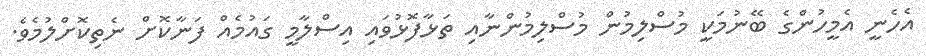
އެހެނީ އެމީހުންގެ ބޭނުމަކީ މުސްލިމުން މުސްލިމުންނާއި ތަޅާފޮޅުވައި އިސްލާމީ ގައުމެއް ފަނާކޮށް ނެތިކޮށްލުމެވެ.